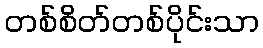
တစ်စိတ်တစ်ပိုင်းသာ